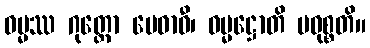
ဓမ္မဿ ဂုတ္တော မေဓာဝီ၊ ဓမ္မဋ္ဌောတိ ပဝုစ္စတိ။